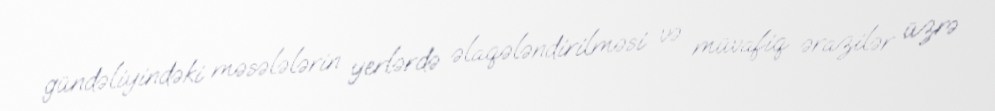
gündəliyindəki məsələlərin yerlərdə əlaqələndirilməsi və müvafiq ərazilər üzrə